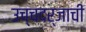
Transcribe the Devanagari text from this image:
उच्चदर्जाची